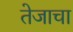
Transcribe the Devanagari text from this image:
तेजाचा